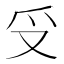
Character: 𠬪